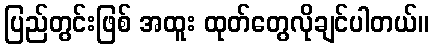
ပြည်တွင်းဖြစ် အထူး ထုတ်တွေလိုချင်ပါတယ်။